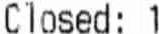
CLOSED: 1